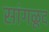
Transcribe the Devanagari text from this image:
सांगळूद